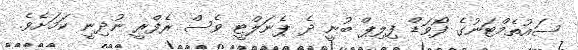
ސައުތެމްޓަނުގެ ފޯވަޑް ފިލިޕް ބުނީ ދެ ޕެނަލްޓީ ވެސް ރެފްރީ ނުދިނީ ކަމަށެވެ.